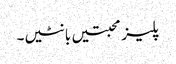
پلیز محبتیں بانٹیں۔